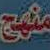
منهج